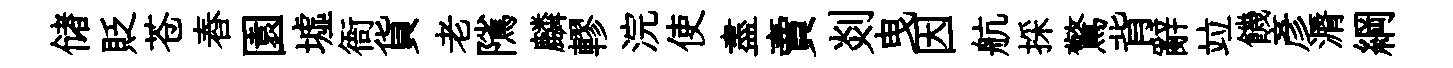
储貶苍舂園墟衙貨老隲麟轇浣使盡賣剡曳因航採驚背辭竝饑彦漘綱